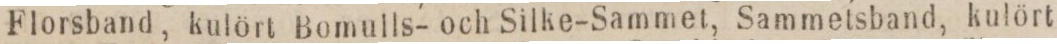
Florsband, kulört Bomulls- och Silke-Sammet, Sammetsband, kulört